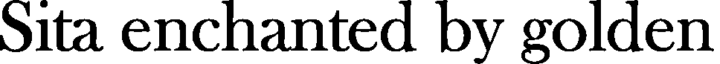
Sita enchanted by golden